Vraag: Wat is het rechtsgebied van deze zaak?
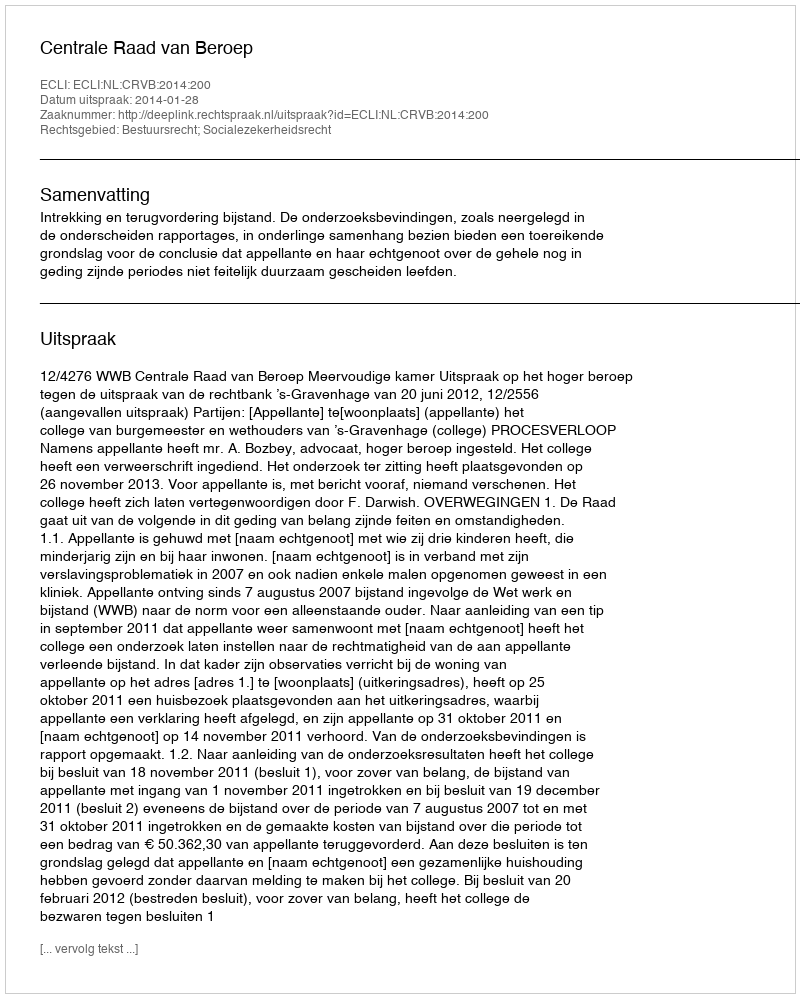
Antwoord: Bestuursrecht; Socialezekerheidsrecht